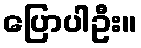
ပြောပါဦး။